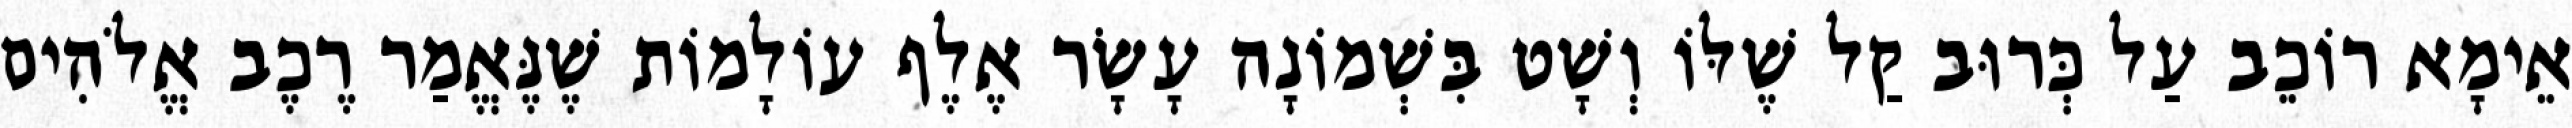
אֵימָא רוֹכֵב עַל כְּרוּב קַל שֶׁלּוֹ וְשָׁט בִּשְׁמוֹנָה עָשָׂר אֶלֶף עוֹלָמוֹת שֶׁנֶּאֱמַר רֶכֶב אֱלֹהִים